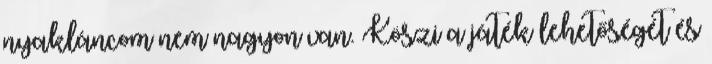
nyakláncom nem nagyon van. Köszi a játék lehetőségét és